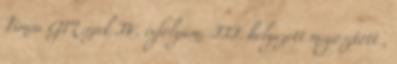
Tímea GM szak IV. évfolyam; III. helyezett megosztott ,